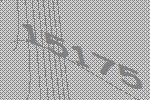
15175